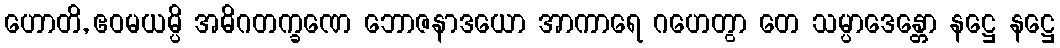
ဟောတိ, ဧဝမယမ္ပိ အဓိဂတက္ခဏေ ဘောဇနာဒယော အာကာရေ ဂဟေတွာ တေ သမ္ပာဒေန္တော နဋ္ဌေ နဋ္ဌေ